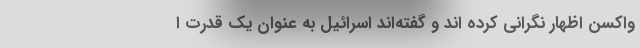
واکسن اظهار نگرانی کرده اند و گفته‌اند اسرائیل به عنوان یک قدرت ا